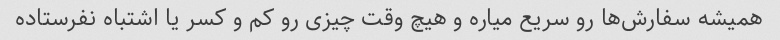
همیشه سفارش‌ها رو سریع میاره و هیچ وقت چیزی رو کم و کسر یا اشتباه نفرستاده